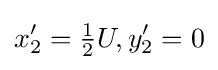
x_{2}^{\prime }={\tfrac {1}{2}}U,y_{2}^{\prime }=0